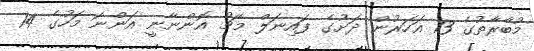
މުބާރާތުގެ 13 އަހަރުން ދަށުގެ ފައިނަލް މެޗު އޮންނާނީ އަންނަ މަހުގެ 14